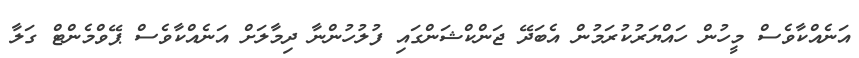
އަނެއްކާވެސް މީހުން ހައްޔަރުކުރަމުން އެބަދޭ ޖަންކްޝަންގައި ފުލުހުންނާ ދިމާލަށް އަނެއްކާވެސް ޕޭވްމެންޓް ގަލާ